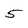
Character: 5